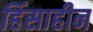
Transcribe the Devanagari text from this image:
हिंसाहीन